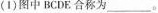
(1)图中BCDE合称为___。